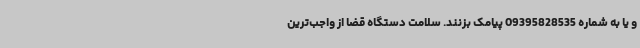
و یا به شماره 09395828535 پیامک بزنند. سلامت دستگاه قضا از واجب‌ترین